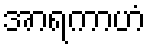
အာရကာဟံ